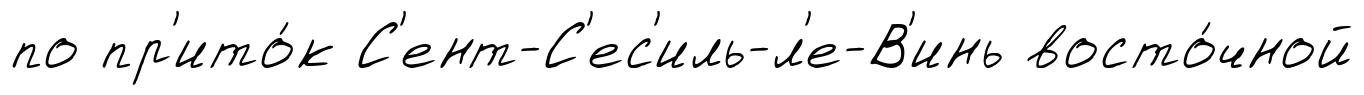
по пр'ито́к С'ент-С'ес'иль-л'е-В'инь восто́чной